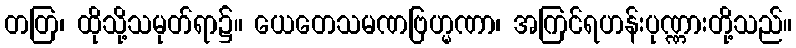
တတြ၊ ထိုသို့သမုတ်ရာ၌။ ယေတေသမဏဗြဟ္မဏာ၊ အကြင်ရဟန်းပုဏ္ဏားတို့သည်။